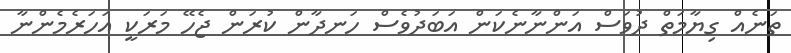
ތަނެއް ގިޔާމަތް ދުވަސް އަންނާނެކަން އަބަދުވެސް ހަނދާން ކުރަން ޖެހޭ މަރަކީ އަހަރެމެންނާ